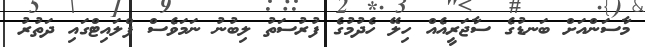
މާސަންއަށް ބަނޑުގެ ސާޖަރީއެއް ހިލޭ ހެދުމުގެ ފުރުސަތު ލިބުނު ނަމަވެސް ފްލައިޓްގައި ދަތުރު